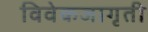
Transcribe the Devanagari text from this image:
विवेकजागृती